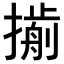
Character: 𢵏